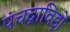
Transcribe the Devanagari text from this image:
पंचद्राविड़ों